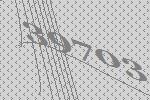
39703